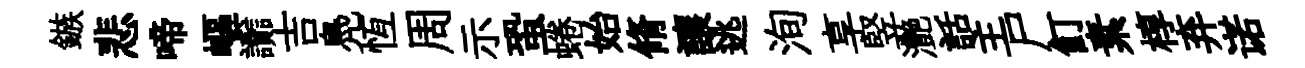
鏃悲啼嶇讟吉鳧恆周示蛩蜷始脩讓逃洵享竪灧話主尸飣素椁弃诺